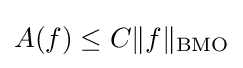
A(f)\leq C\|f\|_{\operatorname {BMO} }